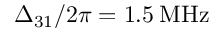
\Delta _ { 3 1 } / 2 \pi = 1 . 5 \: \mathrm { M H z }